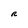
Character: R